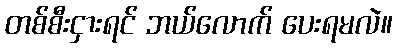
တစ်စီးငှားရင် ဘယ်လောက် ပေးရမလဲ။